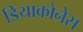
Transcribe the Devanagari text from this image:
डियाकोनेस